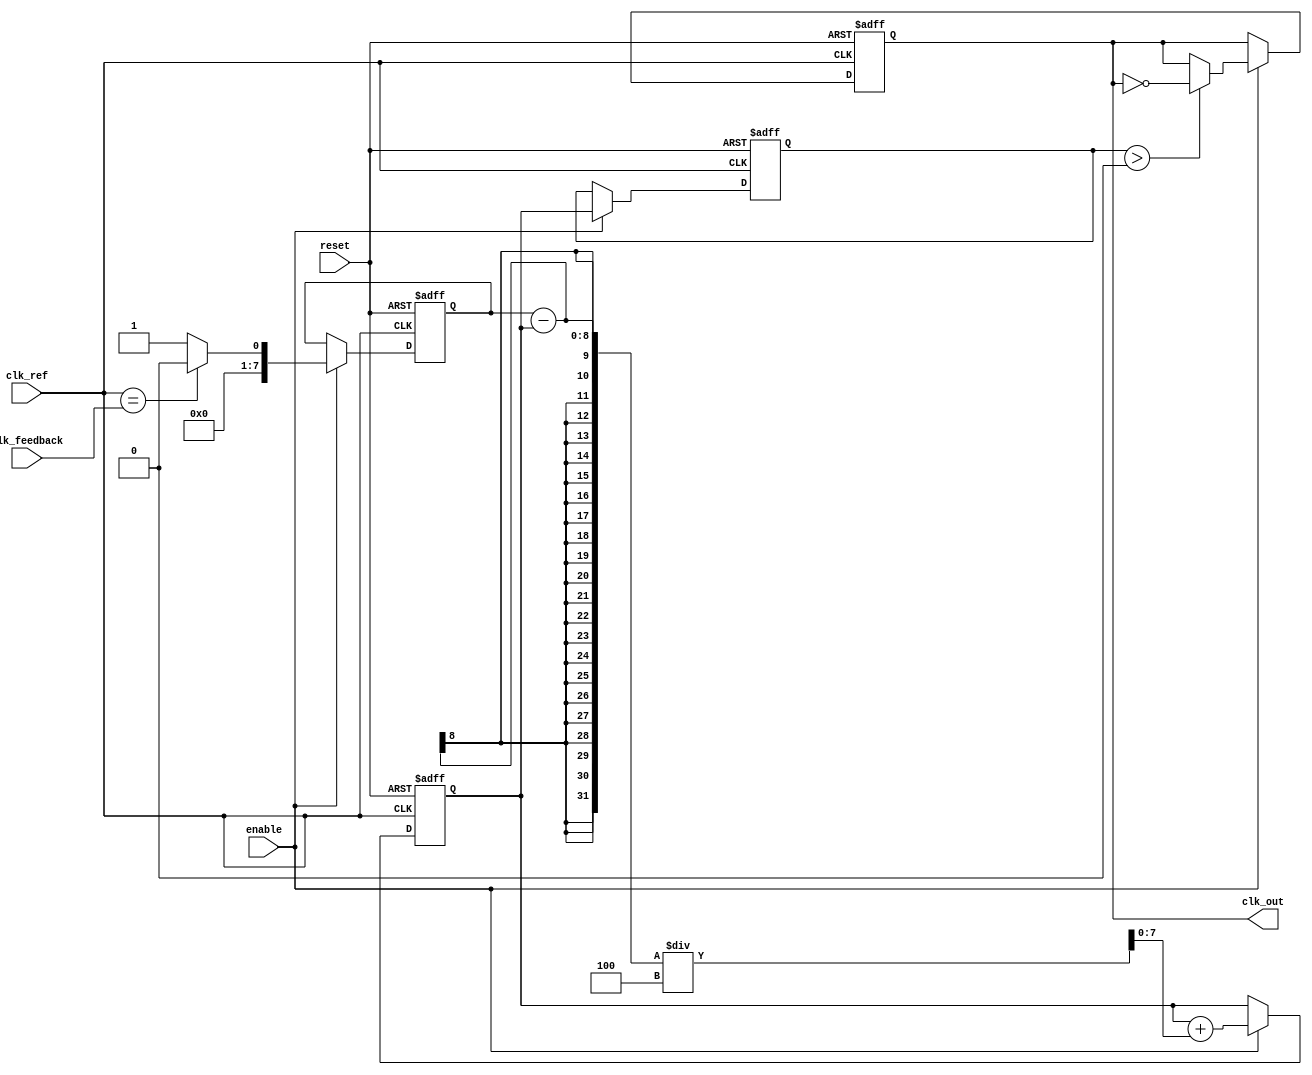
module ADPLL (
    input wire clk_ref,           // Reference clock input
    input wire clk_feedback,      // Feedback clock input from VCO
    input wire reset,             // Reset signal
    input wire enable,            // Enable signal for the ADPLL
    output reg clk_out            // Output clock signal
);

// Parameters
parameter PHASE_BITS = 8;       // Number of bits for phase representation
parameter FILTER_COEFF = 4;      // Coefficient for digital loop filter

// Internal signals
reg [PHASE_BITS-1:0] phase_error; // Phase error signal
reg [PHASE_BITS-1:0] control_signal; // Control signal for VCO
reg [PHASE_BITS-1:0] vco_frequency; // VCO frequency control
reg [PHASE_BITS-1:0] memory_block; // Memory block for storing parameters
reg [PHASE_BITS-1:0] phase_detector_out; // Output from phase detector

// Phase Detector (PD)
always @(posedge clk_ref or posedge reset) begin
    if (reset) begin
        phase_detector_out <= 0;
    end else if (enable) begin
        // Simple phase detection logic (can be improved)
        phase_detector_out <= (clk_ref == clk_feedback) ? 0 : 1; // Binary phase error
    end
end

// Digital Loop Filter (DLF)
always @(posedge clk_ref or posedge reset) begin
    if (reset) begin
        control_signal <= 0;
    end else if (enable) begin
        // Simple first-order filter
        control_signal <= control_signal + (phase_detector_out - control_signal) / FILTER_COEFF;
    end
end

// Voltage-Controlled Oscillator (VCO)
always @(posedge clk_ref or posedge reset) begin
    if (reset) begin
        vco_frequency <= 0;
        clk_out <= 0;
    end else if (enable) begin
        // Adjust VCO frequency based on control signal
        vco_frequency <= control_signal; // This is a simplified model
        // Generate output clock based on VCO frequency
        clk_out <= (vco_frequency > 0) ? ~clk_out : clk_out; // Toggle clock based on frequency
    end
end

// Memory Block (for storing phase information and parameters)
always @(posedge clk_ref or posedge reset) begin
    if (reset) begin
        memory_block <= 0;
    end else if (enable) begin
        // Example: Update memory block with new control parameters
        memory_block <= control_signal; // Store control signal in memory
    end
end

endmodule